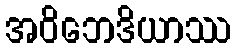
အဝိဘေဒိယာဿ